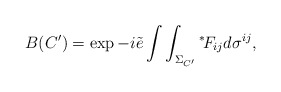
\begin{align*}B(C') = \exp - i \tilde{e} \int\int_{\Sigma_{C'}} \mbox{}^*\!F_{ij} d \sigma^{ij},\end{align*}